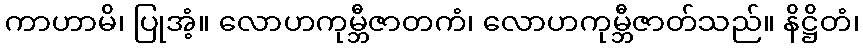
ကာဟာမိ၊ ပြုအံ့။ လောဟကုမ္ဘီဇာတကံ၊ လောဟကုမ္ဘီဇာတ်သည်။ နိဋ္ဌိတံ၊